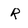
Character: r